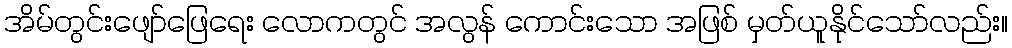
အိမ်တွင်းဖျော်ဖြေရေး လောကတွင် အလွန် ကောင်းသော အဖြစ် မှတ်ယူနိုင်သော်လည်း။